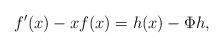
LaTeX: \begin{align*} f'(x)-xf(x)=h(x)-\Phi h,\end{align*}